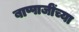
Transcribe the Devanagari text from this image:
बाप्पाजींच्या